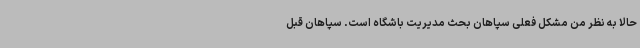
حالا به نظر من مشکل فعلی سپاهان بحث مدیریت باشگاه است. سپاهان قبل